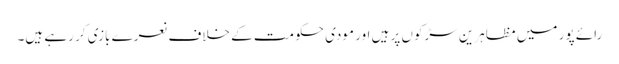
رائے پور میں مظاہرین سڑکوں پر ہیں اور مودی حکومت کے خلاف نعرے بازی کر رہے ہیں۔